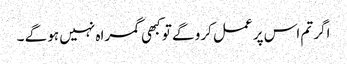
اگر تم اس پر عمل کرو گے تو کبھی گمراہ نہیں ہو گے ۔